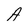
Character: A